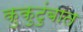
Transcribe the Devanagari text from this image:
कुकुटुंबात